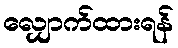
လျှောက်ထားရန်